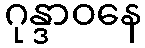
ဂုန္ဒာဝနေ